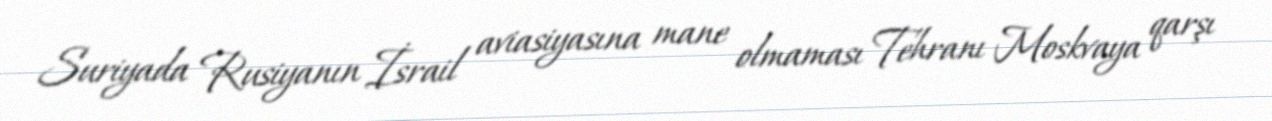
Suriyada Rusiyanın İsrail aviasiyasına mane olmaması Tehranı Moskvaya qarşı